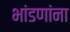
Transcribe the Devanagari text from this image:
भांडणांना